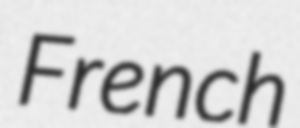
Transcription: French